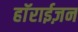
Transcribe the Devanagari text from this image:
हाॅराईज़न